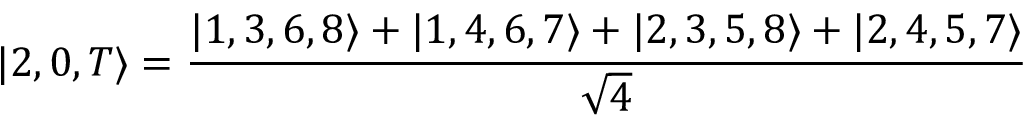
| 2 , 0 , T \rangle = \frac { | 1 , 3 , 6 , 8 \rangle + | 1 , 4 , 6 , 7 \rangle + | 2 , 3 , 5 , 8 \rangle + | 2 , 4 , 5 , 7 \rangle } { \sqrt { 4 } }